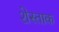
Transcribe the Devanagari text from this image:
शेस्ताक